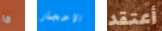
ما الاحجار أعتقد